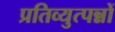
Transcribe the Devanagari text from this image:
प्रतिव्युत्पन्नों